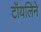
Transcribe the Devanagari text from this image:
टॉयलिने